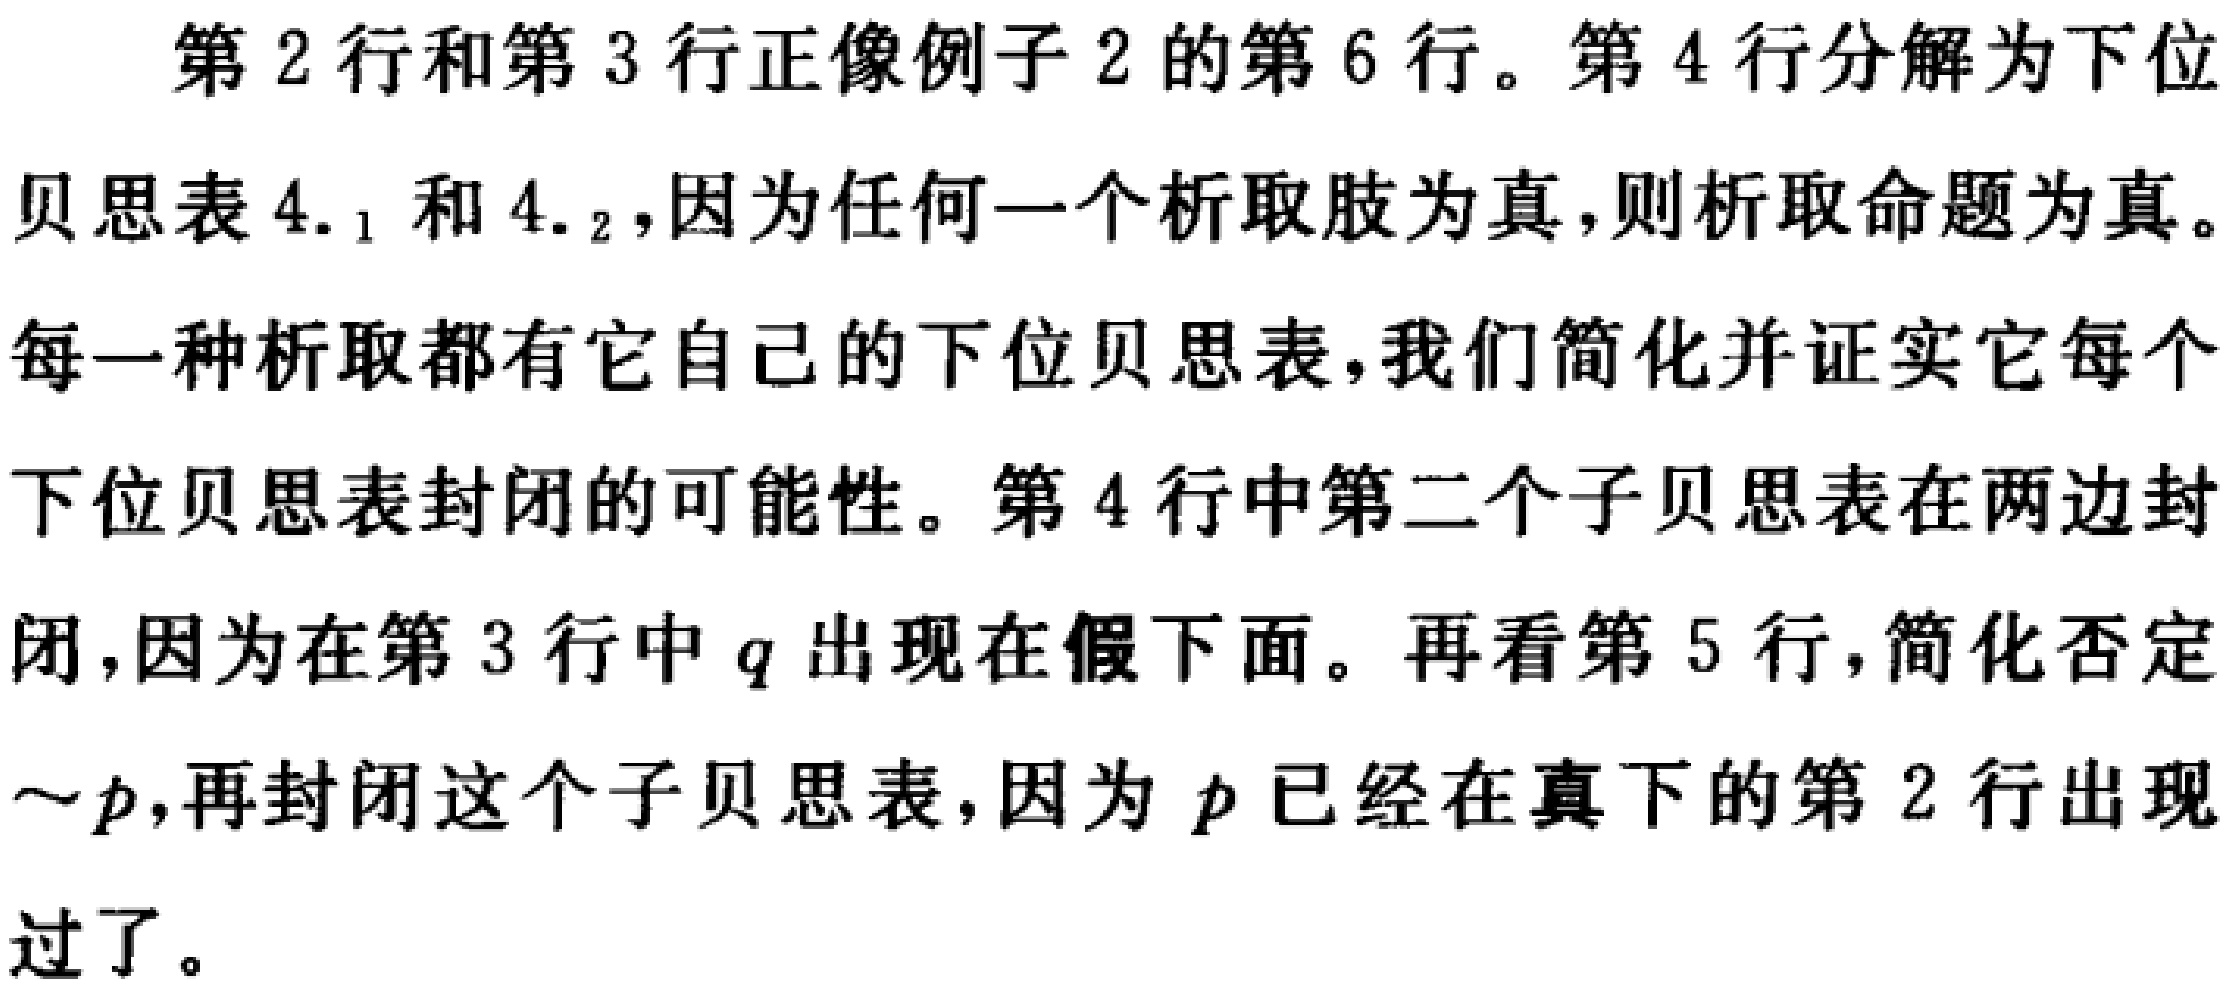
第 2 行和第 3 行正像例子 2 的第 6 行。第 4 行分解为下位
贝思表 4.$_{1}$ 和 4.$_{2}$，因为任何一个析取肢为真，则析取命题为真。
每一种析取都有它自己的下位贝思表，我们简化并证实它每个
下位贝思表封闭的可能性。第 4 行中第二个子贝思表在两边封
闭，因为在第 3 行中 \(q\) 出现在假下面。再看第 5 行，简化否定
\(\sim p\)，再封闭这个子贝思表，因为 \(p\) 已经在真下的第 2 行出现
过了。